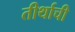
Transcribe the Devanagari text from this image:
तीर्थाची